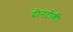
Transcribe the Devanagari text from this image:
दोनटोकी